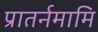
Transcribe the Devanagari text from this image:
प्रातर्नमामि